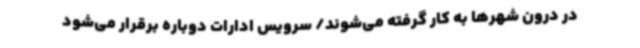
در درون شهرها به کار گرفته می‌شوند/ سرویس ادارات دوباره برقرار می‌شود